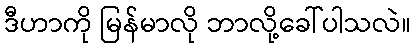
ဒီဟာကို မြန်မာလို ဘာလို့ခေါ်ပါသလဲ။